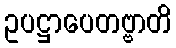
ဥပဋ္ဌာပေတဗ္ဗာတိ